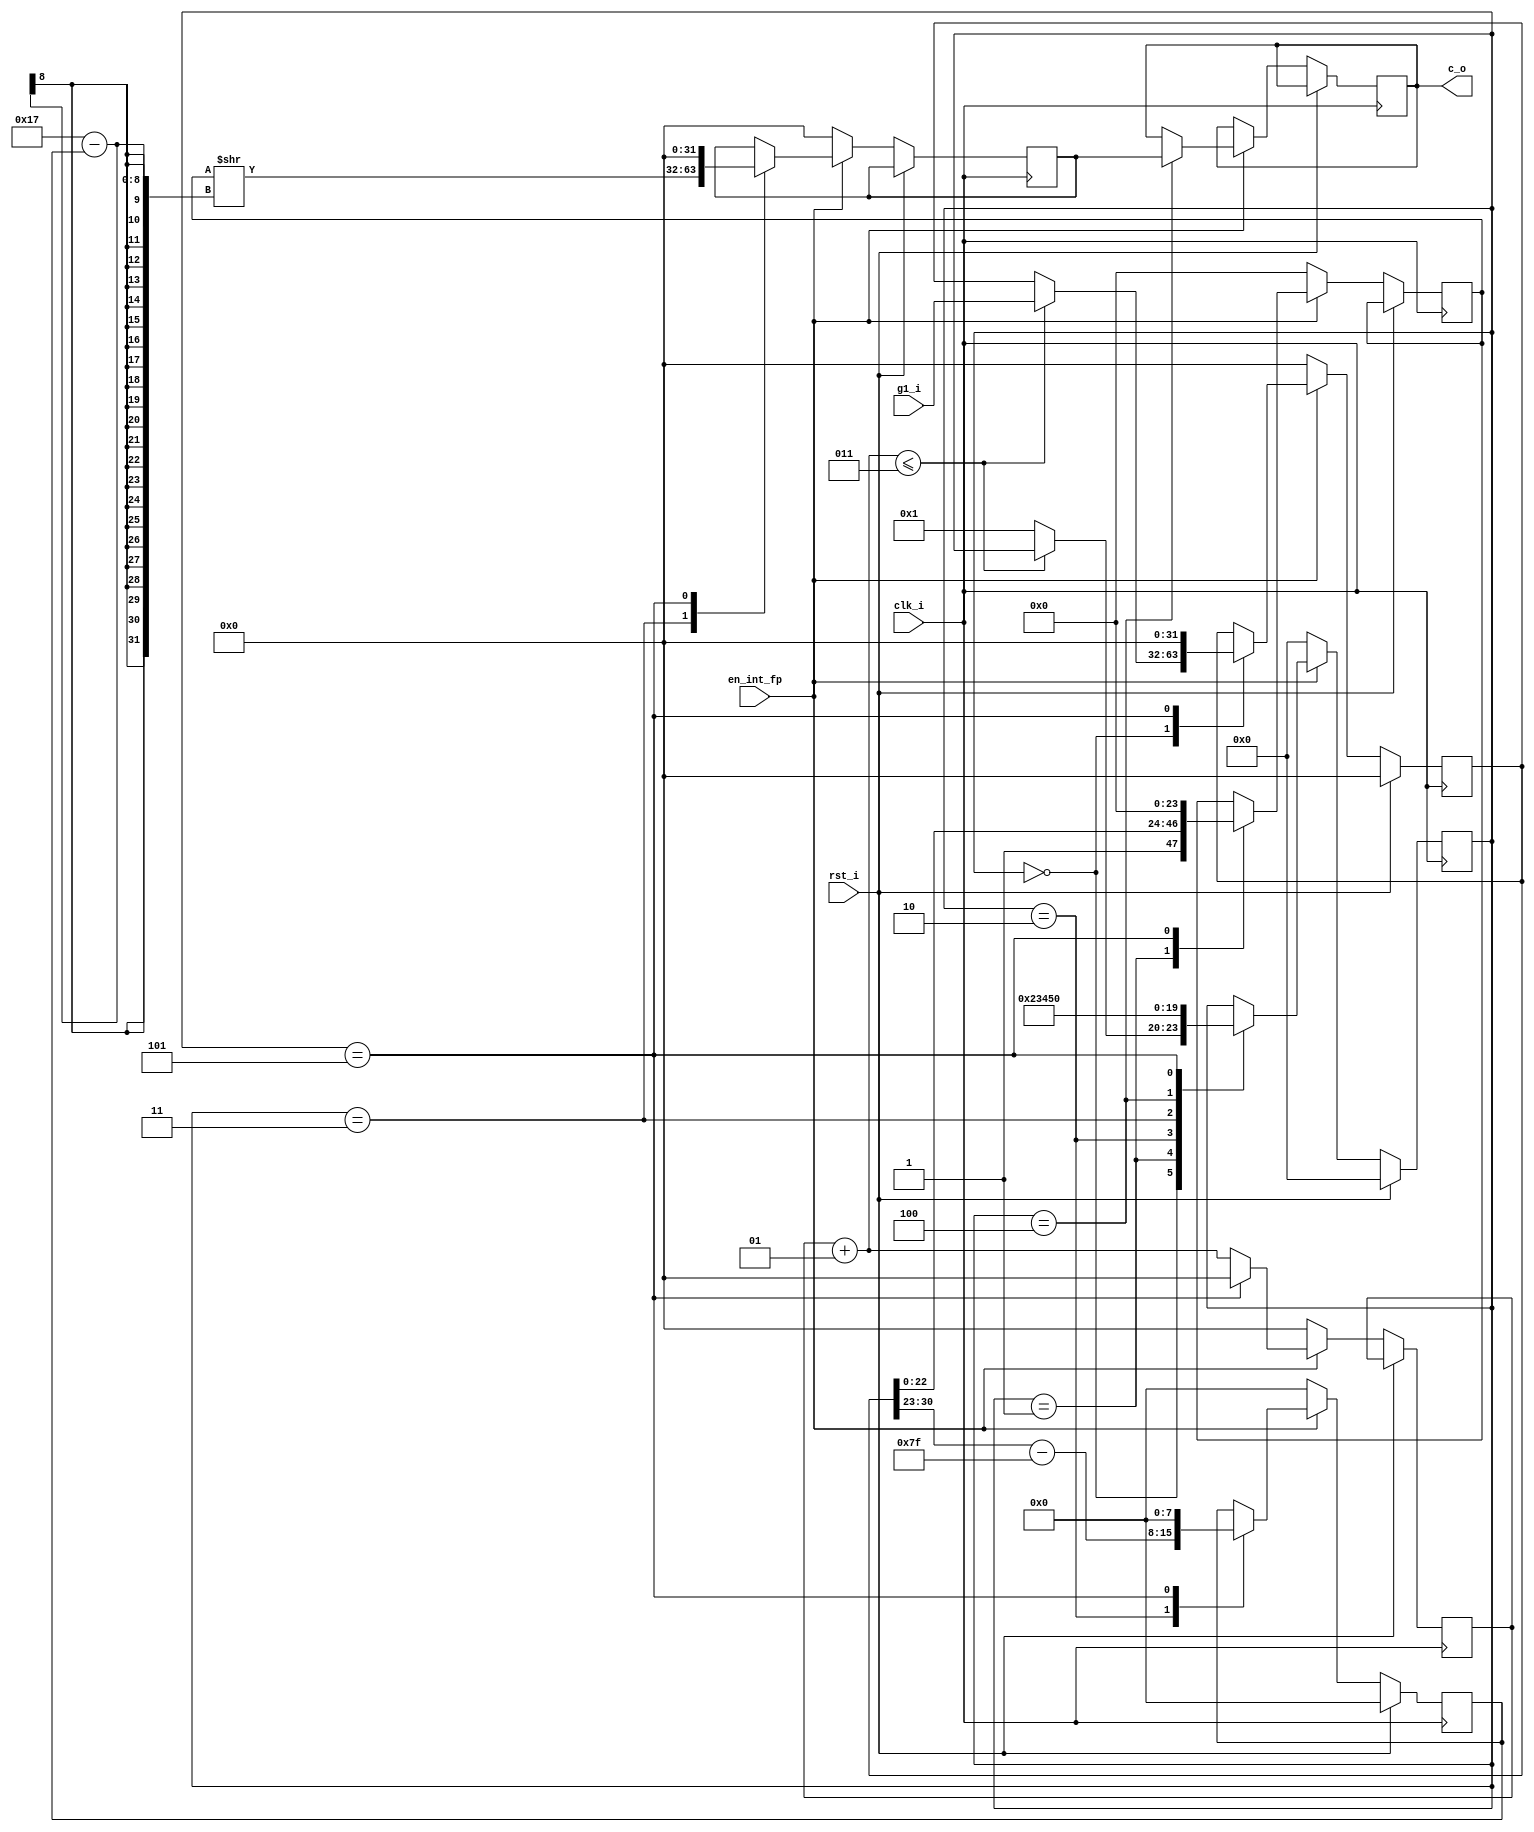
module fp_int_don(clk_i,rst_i,g1_i,c_o,en_int_fp);
    input clk_i,rst_i,en_int_fp;
    input  [31:0] g1_i;
    output signed [31:0] c_o;
    reg [31:0] s1;
    reg [22:0] s2;
    reg [23:0] s3;
    reg [31:0] s4;
    reg signed [31:0] s5cikis;
    reg [7:0] E1;
    reg [7:0] E2;
    reg [3:0] durum=4'b0000;
    integer x=0,k1,bias=32'b00000000010000000000000001111111;
    // x=> sayc
    assign c_o = s5cikis;
    always@(posedge(clk_i))begin
    
        if(rst_i)begin
            s1=8'h00000000;
            durum=3'b00;
            k1=0;
            E1=8'h0;
            E2=8'h0;
        end else begin
            if(en_int_fp == 1)begin
                x = x +1; // durum 5te sifirla
                case(durum)
                0:begin
                    if(x<=3) begin
                        s1=g1_i;
                    end else begin
                        durum=1;
                    end
                end
                1:begin
                    s2=s1[22:0];
                    s3={1'b1,s2};
                    durum=2;
                end
               
                2: begin
                    E1=s1[30:23];
                    E2=E1-bias;
                    durum=3;
                end 
               
                3: begin
                    k1=23-E2;
                    s4=s3>>k1;
                    durum=4;
                end
               
                4: begin
                    s5cikis=s4;
                    durum = 5;
                end
                5: begin
                    durum = 0;
                    s1=0;
                    s2=0;
                    s3=0;
                    s4=0; 
                    E1=8'b0;       
                    E2=8'b0;  
                    x = 0;
                end
                endcase
            end else begin
                durum = 0;
                s1=0;
                s2=0;
                s3=0;
                s4=0;
                E1=8'b0;       
                E2=0;  
                x = 0;
            end
        end   
    end    
           
endmodule